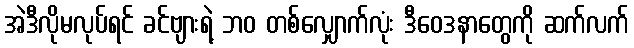
အဲဒီလိုမလုပ်ရင် ခင်ဗျားရဲ့ ဘဝ တစ်လျှောက်လုံး ဒီဝေဒနာတွေကို ဆက်လက်